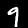
Label: 9